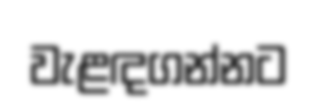
වැළඳගන්නට